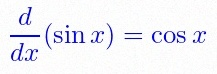
\frac{d}{dx}(\sin x)=\cos x